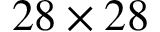
2 8 \times 2 8